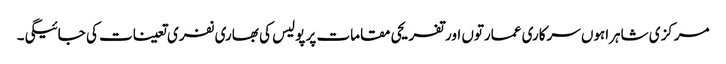
مرکزی شاہراہوں سرکاری عمارتوں اور تفریحی مقامات پر پولیس کی بھاری نفری تعینات کی جائیگی۔